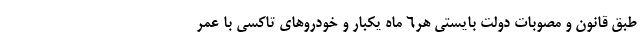
طبق قانون و مصوبات دولت بایستی هر۶ ماه یکبار و خودروهای تاکسی با عمر